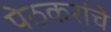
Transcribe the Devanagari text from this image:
पेठकरांचे